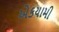
એકયામી